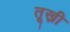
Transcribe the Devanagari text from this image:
तूख़ी